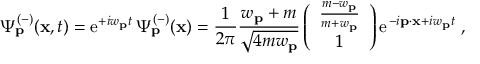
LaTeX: \Psi _ { { \bf p } } ^ { ( - ) } ( { \bf x } , t ) = \mathrm { e } ^ { + i w _ { { \bf p } } t } \, \Psi _ { { \bf p } } ^ { ( - ) } ( { \bf x } ) = \frac { 1 } { { 2 \pi } } \frac { w _ { { \bf p } } + m } { \sqrt { 4 m w _ { { \bf p } } } } \left( \begin{array} { c } { { \frac { m - w _ { { \bf p } } } { m + w _ { { \bf p } } } } } \\ { { 1 } } \end{array} \right) \mathrm { e } ^ { \, - i { \bf p } \cdot { \bf x } + i w _ { { \bf p } } t } \; ,